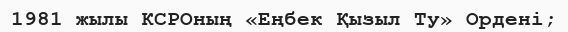
1981 жылы КСРОның «Еңбек Қызыл Ту» Ордені;